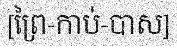
[ព្រៃ-កាប់-បាស]